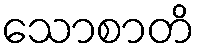
သောစာတိ